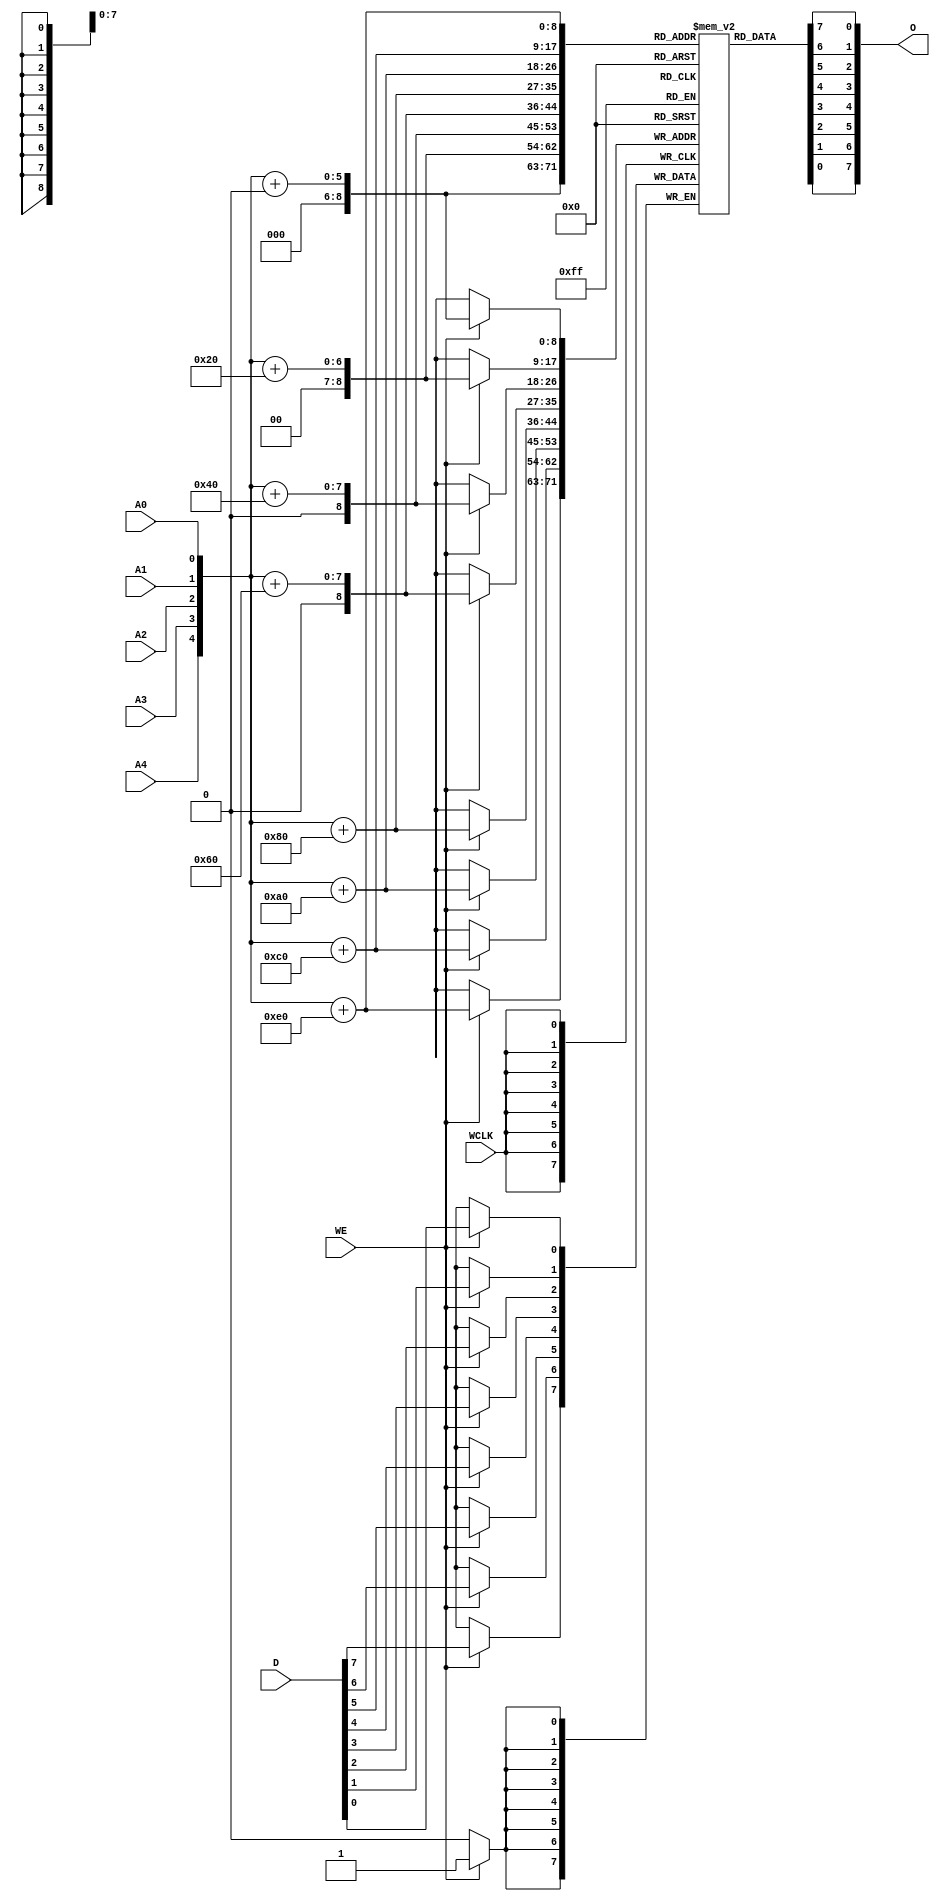
// $Header: /devl/xcs/repo/env/Databases/CAEInterfaces/verunilibs/s/RAM32X8S.v,v 1.8 2003/01/21 01:55:41 wloo Exp $

/*

FUNCTION	: 32x8 Static RAM with synchronous write capability

*/

`timescale  100 ps / 10 ps


module RAM32X8S (O, A0, A1, A2, A3, A4, D, WCLK, WE);

    parameter INIT_00 = 32'h00000000;
    parameter INIT_01 = 32'h00000000;
    parameter INIT_02 = 32'h00000000;
    parameter INIT_03 = 32'h00000000;
    parameter INIT_04 = 32'h00000000;
    parameter INIT_05 = 32'h00000000;
    parameter INIT_06 = 32'h00000000;
    parameter INIT_07 = 32'h00000000;

    output [7:0] O;

    input  A0, A1, A2, A3, A4, WCLK, WE;
    input [7:0] D;

    reg  mem [256:0];
    reg  [8:0] count;
    wire [4:0] adr;
    wire [7:0] d_in, o_out;
    wire wclk_in, we_in;

    buf b_d0   (d_in[0], D[0]);
    buf b_d1   (d_in[1], D[1]);
    buf b_d2   (d_in[2], D[2]);
    buf b_d3   (d_in[3], D[3]);
    buf b_d4   (d_in[4], D[4]);
    buf b_d5   (d_in[5], D[5]);
    buf b_d6   (d_in[6], D[6]);
    buf b_d7   (d_in[7], D[7]);
    buf b_wclk (wclk_in, WCLK);
    buf b_we   (we_in, WE);

    buf b_a4 (adr[4], A4);
    buf b_a3 (adr[3], A3);
    buf b_a2 (adr[2], A2);
    buf b_a1 (adr[1], A1);
    buf b_a0 (adr[0], A0);

    buf b_o0 (O[0], o_out[0]);
    buf b_o1 (O[1], o_out[1]);
    buf b_o2 (O[2], o_out[2]);
    buf b_o3 (O[3], o_out[3]);
    buf b_o4 (O[4], o_out[4]);
    buf b_o5 (O[5], o_out[5]);
    buf b_o6 (O[6], o_out[6]);
    buf b_o7 (O[7], o_out[7]);

    buf b_o_out0 (o_out[0], mem[adr + 32 * 0]);
    buf b_o_out1 (o_out[1], mem[adr + 32 * 1]);
    buf b_o_out2 (o_out[2], mem[adr + 32 * 2]);
    buf b_o_out3 (o_out[3], mem[adr + 32 * 3]);
    buf b_o_out4 (o_out[4], mem[adr + 32 * 4]);
    buf b_o_out5 (o_out[5], mem[adr + 32 * 5]);
    buf b_o_out6 (o_out[6], mem[adr + 32 * 6]);
    buf b_o_out7 (o_out[7], mem[adr + 32 * 7]);

    initial begin
	for (count = 0; count < 32; count = count + 1) begin
	    mem[count + 32 * 0] <= INIT_00[count];
	    mem[count + 32 * 1] <= INIT_01[count];
	    mem[count + 32 * 2] <= INIT_02[count];
	    mem[count + 32 * 3] <= INIT_03[count];
	    mem[count + 32 * 4] <= INIT_04[count];
	    mem[count + 32 * 5] <= INIT_05[count];
	    mem[count + 32 * 6] <= INIT_06[count];
	    mem[count + 32 * 7] <= INIT_07[count];
	end
    end

    always @(posedge wclk_in) begin
	if (we_in == 1'b1) begin
	    mem[adr + 32 * 0] <= d_in[0];
	    mem[adr + 32 * 1] <= d_in[1];
	    mem[adr + 32 * 2] <= d_in[2];
	    mem[adr + 32 * 3] <= d_in[3];
	    mem[adr + 32 * 4] <= d_in[4];
	    mem[adr + 32 * 5] <= d_in[5];
	    mem[adr + 32 * 6] <= d_in[6];
	    mem[adr + 32 * 7] <= d_in[7];
	end
    end

    specify
	if (WE)
	    (WCLK => O[0]) = (0, 0);
	if (WE)
	    (WCLK => O[1]) = (0, 0);
	if (WE)
	    (WCLK => O[2]) = (0, 0);
	if (WE)
	    (WCLK => O[3]) = (0, 0);
	if (WE)
	    (WCLK => O[4]) = (0, 0);
	if (WE)
	    (WCLK => O[5]) = (0, 0);
	if (WE)
	    (WCLK => O[6]) = (0, 0);
	if (WE)
	    (WCLK => O[7]) = (0, 0);

	(A4 => O[0]) = (0, 0);
	(A3 => O[0]) = (0, 0);
	(A2 => O[0]) = (0, 0);
	(A1 => O[0]) = (0, 0);
	(A0 => O[0]) = (0, 0);
	(A4 => O[1]) = (0, 0);
	(A3 => O[1]) = (0, 0);
	(A2 => O[1]) = (0, 0);
	(A1 => O[1]) = (0, 0);
	(A0 => O[1]) = (0, 0);
	(A4 => O[2]) = (0, 0);
	(A3 => O[2]) = (0, 0);
	(A2 => O[2]) = (0, 0);
	(A1 => O[2]) = (0, 0);
	(A0 => O[2]) = (0, 0);
	(A4 => O[3]) = (0, 0);
	(A3 => O[3]) = (0, 0);
	(A2 => O[3]) = (0, 0);
	(A1 => O[3]) = (0, 0);
	(A0 => O[3]) = (0, 0);
	(A4 => O[4]) = (0, 0);
	(A3 => O[4]) = (0, 0);
	(A2 => O[4]) = (0, 0);
	(A1 => O[4]) = (0, 0);
	(A0 => O[4]) = (0, 0);
	(A4 => O[5]) = (0, 0);
	(A3 => O[5]) = (0, 0);
	(A2 => O[5]) = (0, 0);
	(A1 => O[5]) = (0, 0);
	(A0 => O[5]) = (0, 0);
	(A4 => O[6]) = (0, 0);
	(A3 => O[6]) = (0, 0);
	(A2 => O[6]) = (0, 0);
	(A1 => O[6]) = (0, 0);
	(A0 => O[6]) = (0, 0);
	(A4 => O[7]) = (0, 0);
	(A3 => O[7]) = (0, 0);
	(A2 => O[7]) = (0, 0);
	(A1 => O[7]) = (0, 0);
	(A0 => O[7]) = (0, 0);
    endspecify

endmodule